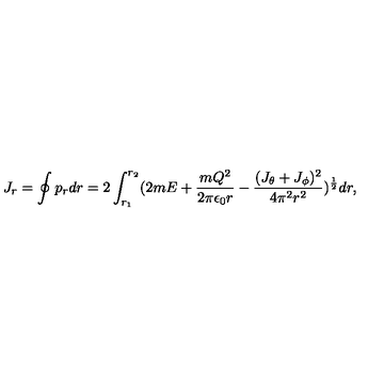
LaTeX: J _ { r } = \oint p _ { r } d r = 2 \int _ { r _ { 1 } } ^ { r _ { 2 } } ( 2 m E + { \frac { m Q ^ { 2 } } { 2 \pi \epsilon _ { 0 } r } } - { \frac { ( J _ { \theta } + J _ { \phi } ) ^ { 2 } } { 4 \pi ^ { 2 } r ^ { 2 } } } ) ^ { \frac { 1 } { 2 } } d r ,